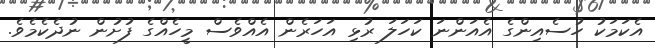
އެކަމަކު ހުސެއިންގެ އެއަންނަ ކަހަލަ ރުޅި އަހަރެން އެއްވެސް މީހެއްގެ ފުށުން ނުދެކެމެވެ.